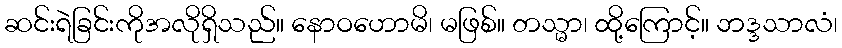
ဆင်းရဲခြင်းကိုအလိုရှိသည်။ နောဝဟောမိ၊ မဖြစ်။ တသ္မာ၊ ထို့ကြောင့်။ ဘဒ္ဒသာလံ၊